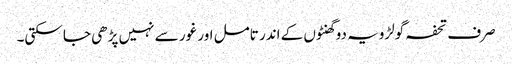
صرف تحفہ گولڑویہ دو گھنٹوں کے اندر تامل اور غور سے نہیں پڑھی جا سکتی۔